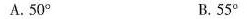
A.50° B.55°